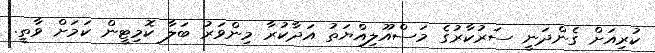
ކުރިއަށް ގެންދަނީ ސަރުކާރުގެ މަސްއޫލިއްޔަތު އަދާކުރާ މިންވަރު ބަލާ ކޮމިޓީން ކަމަށް ވާތީ.